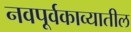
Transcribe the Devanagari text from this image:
नवपूर्वकाव्यातील